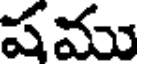
షము